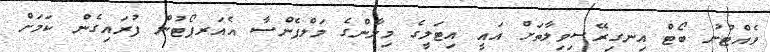
ވެއްޓުނު ބޯޓް އިނގިރޭސިވިލާތަށް އައީ އިޓަލީގެ މިލާންގެ މަލްޕެންސާ އެއަރޕޯޓުން ފުރައިގެން ކަމަށް